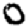
Digit: 0